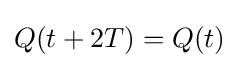
\displaystyle Q(t+2T)=Q(t)